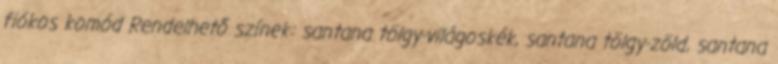
fiókos komód Rendelhető színek: santana tölgy-világoskék, santana tölgy-zöld, santana